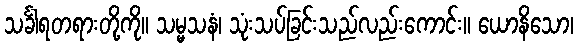
သင်္ခါရတရားတို့ကို။ သမ္မသနံ၊ သုံးသပ်ခြင်းသည်လည်းကောင်း။ ယောနိသော၊